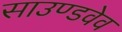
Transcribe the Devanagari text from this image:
साउण्डवेव